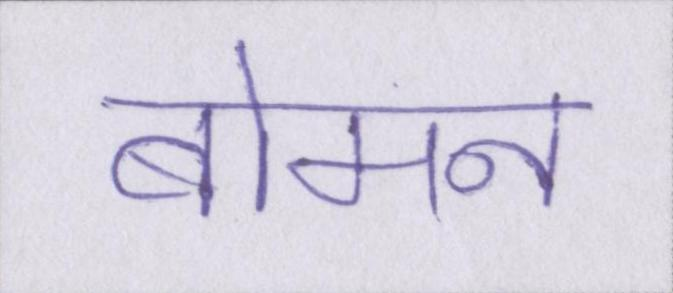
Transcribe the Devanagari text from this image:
बोमन